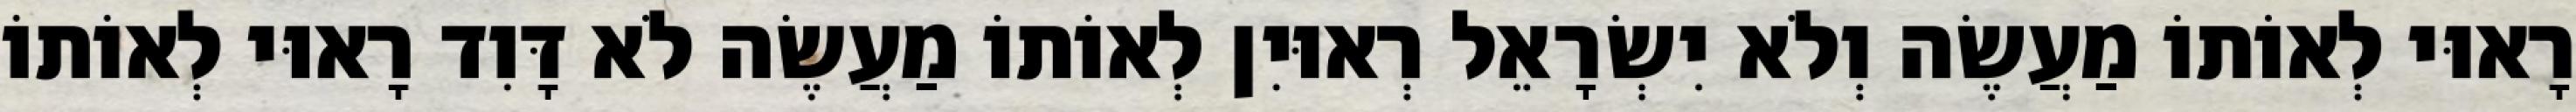
רָאוּי לְאוֹתוֹ מַעֲשֶׂה וְלֹא יִשְׂרָאֵל רְאוּיִן לְאוֹתוֹ מַעֲשֶׂה לֹא דָּוִד רָאוּי לְאוֹתוֹ